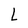
Character: L